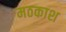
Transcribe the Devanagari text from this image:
मठकाश